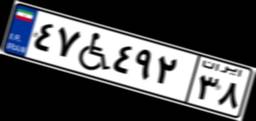
۴۷W۴۹۲۳۸